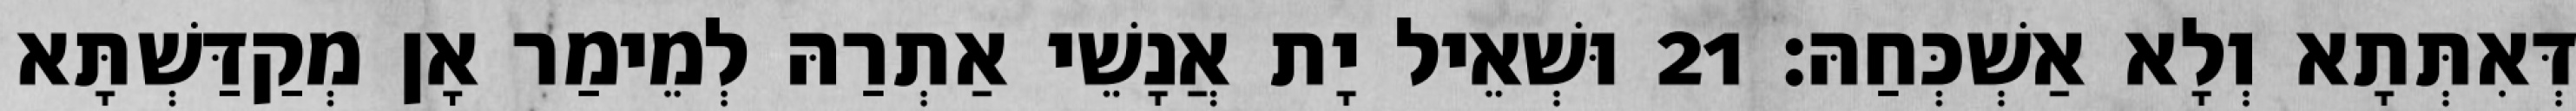
דְּאִתְּתָא וְלָא אַשְׁכְּחַהּ׃ 21 וּשְׁאֵיל יָת אֲנָשֵׁי אַתְרַהּ לְמֵימַר אָן מְקַדַּשְׁתָּא